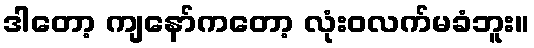
ဒါတော့ ကျနော်ကတော့ လုံးဝလက်မခံဘူး။